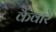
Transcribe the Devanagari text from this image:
कैवारे